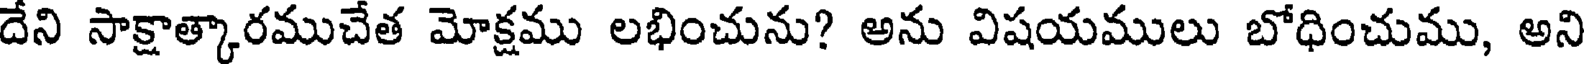
దేని సాక్షాత్కారముచేత మోక్షము లభించును? అను విషయములు బోధించుము, అని